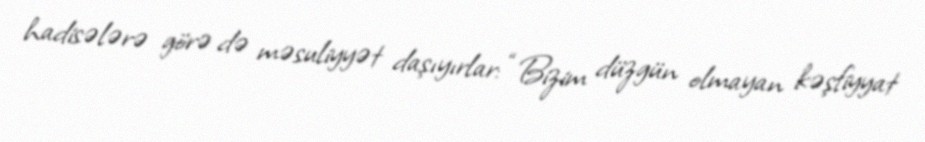
hadisələrə görə də məsuliyyət daşıyırlar: “Bizim düzgün olmayan kəşfiyyat